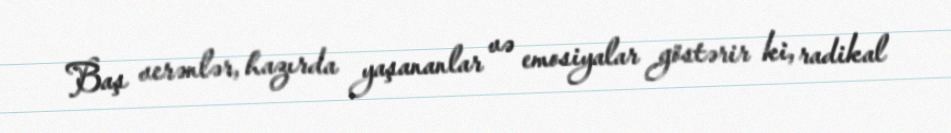
Baş verənlər, hazırda yaşananlar və emosiyalar göstərir ki, radikal